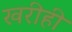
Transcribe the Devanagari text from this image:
खरीही